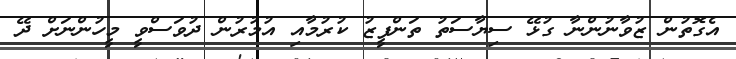
އެގޮތުން ޒުވާނުންނާ ގުޅޭ ސިޔާސަތު ތަންފީޒު ކުރުމާއި އުމުރުން ދުވަސްވީ މީހުންނަށް ދޭ